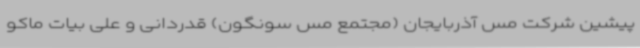
پیشین شرکت مس آذربایجان (مجتمع مس سونگون) قدردانی و علی بیات ماکو